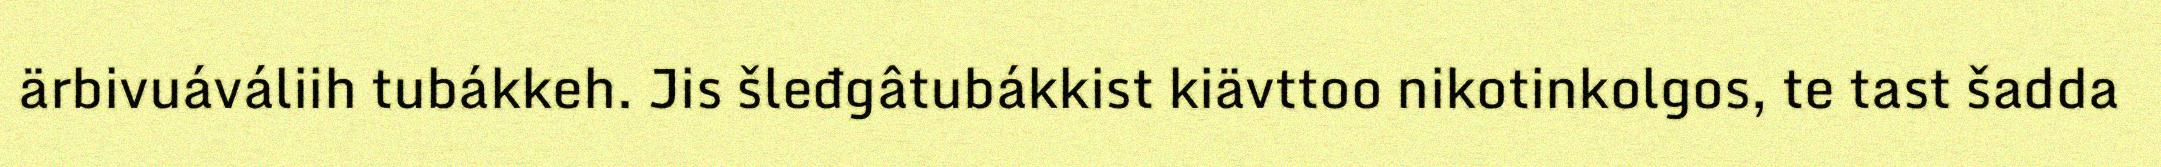
ärbivuáváliih tubákkeh. Jis šleđgâtubákkist kiävttoo nikotinkolgos, te tast šadda